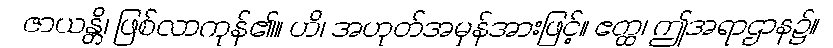
ဇာယန္တိ၊ ဖြစ်လာကုန်၏။ ဟိ၊ အဟုတ်အမှန်အားဖြင့်။ ဧတ္ထ၊ ဤအရာဌာန၌။